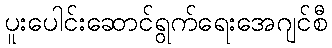
ပူးပေါင်းဆောင်ရွက်ရေးအေဂျင်စီ